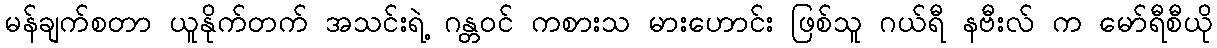
မန်ချက်စတာ ယူနိုက်တက် အသင်းရဲ့ ဂန္တဝင် ကစားသ မားဟောင်း ဖြစ်သူ ဂယ်ရီ နဗီးလ် က မော်ရီစီယို